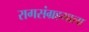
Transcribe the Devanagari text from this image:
रागसंग्रहमाला